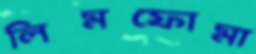
লিমফোমা